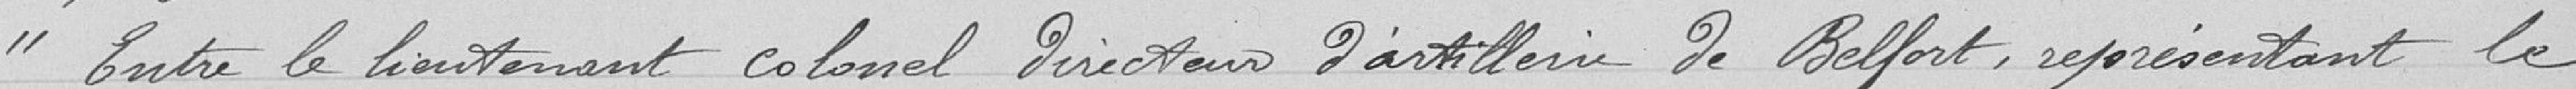
"Entre le Lieutenant Colonel Directeur d'Artillerie de Belfort représentant le